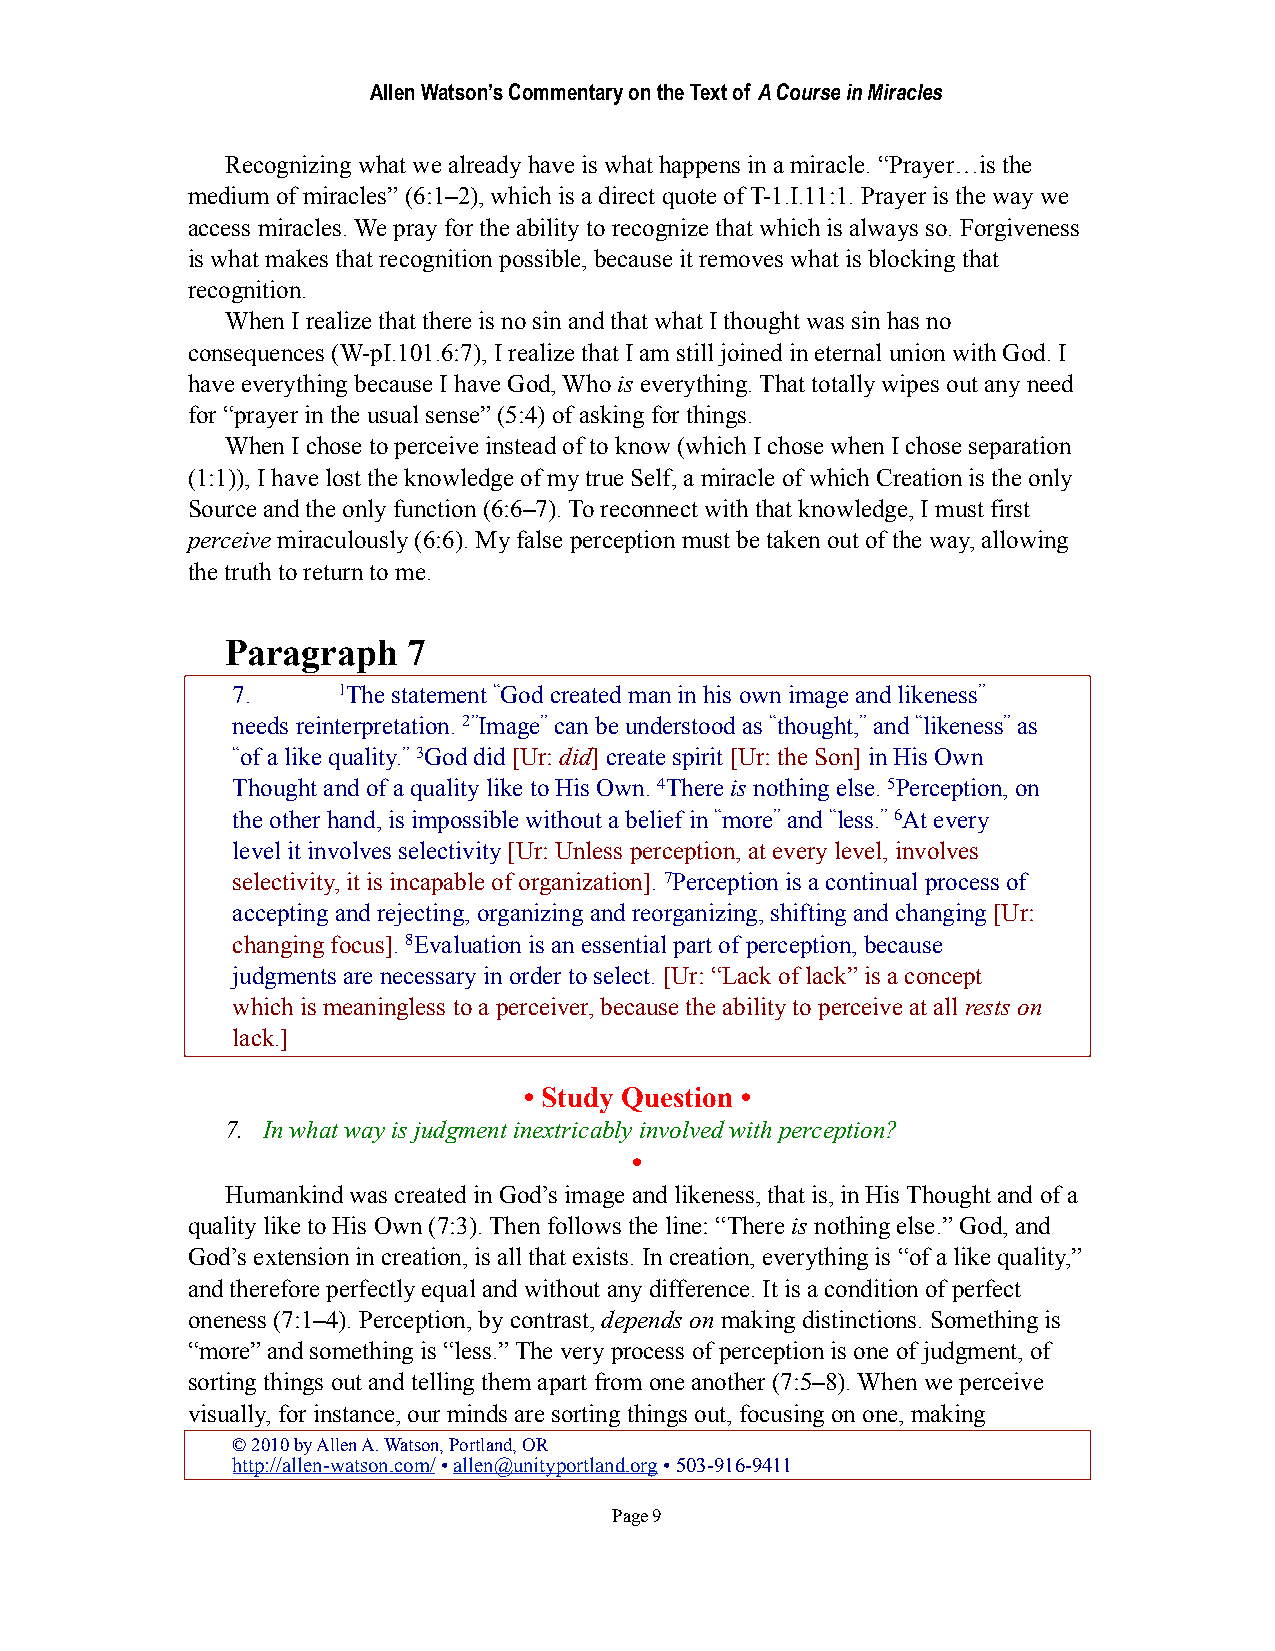
Allen Watson’s Commentary on the Text of A Course in Miracles
 Recognizing what we already have is what happens in a miracle. “Prayer…is the
 medium of miracles” (6:1–2), which is a direct quote of T-1.I.11:1. Prayer is the way we
 access miracles. We pray for the ability to recognize that which is always so. Forgiveness
 is what makes that recognition possible, because it removes what is blocking that
 recognition.
 When I realize that there is no sin and that what I thought was sin has no
 consequences (W-pI.101.6:7), I realize that I am still joined in eternal union with God. I
 have everything because I have God, Who is everything. That totally wipes out any need
 for “prayer in the usual sense” (5:4) of asking for things.
 When I chose to perceive instead of to know (which I chose when I chose separation
 (1:1)), I have lost the knowledge of my true Self, a miracle of which Creation is the only
 Source and the only function (6:6–7). To reconnect with that knowledge, I must first
 perceive miraculously (6:6). My false perception must be taken out of the way, allowing
 the truth to return to me.
 Paragraph   7
 7.     1The statement “God created man in his own image and likeness”
 needs reinterpretation. 2”Image” can be understood as “thought,” and “likeness” as
 “of a like quality.” 3God did [Ur: did] create spirit [Ur: the Son] in His Own
 Thought and of a quality like to His Own. 4There is nothing else. 5Perception, on
 the other hand, is impossible without a belief in “more” and “less.” 6At every
 level it involves selectivity [Ur: Unless perception, at every level, involves
 selectivity, it is incapable of organization]. 7Perception is a continual process of
 accepting and rejecting, organizing and reorganizing, shifting and changing [Ur:
 changing focus]. 8Evaluation is an essential part of perception, because
 judgments are necessary in order to select. [Ur: “Lack of lack” is a concept
 which is meaningless to a perceiver, because the ability to perceive at all rests on
 lack.]
 • Study Question •
 7. In what way is judgment inextricably involved with perception?
 •
 Humankind was created in God’s image and likeness, that is, in His Thought and of a
 quality like to His Own (7:3). Then follows the line: “There is nothing else.” God, and
 God’s extension in creation, is all that exists. In creation, everything is “of a like quality,”
 and therefore perfectly equal and without any difference. It is a condition of perfect
 oneness (7:1–4). Perception, by contrast, depends on making distinctions. Something is
 “more” and something is “less.” The very process of perception is one of judgment, of
 sorting things out and telling them apart from one another (7:5–8). When we perceive
 visually, for instance, our minds are sorting things out, focusing on one, making
 © 2010 by Allen A. Watson, Portland, OR
 http://allen-watson.com/ • allen@unityportland.org • 503-916-9411
 Page 9